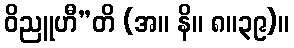
ဝိညူဟီ”တိ (အ။ နိ။ ၈။၃၉)။